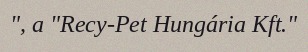
", a "Recy-Pet Hungária Kft."